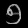
Digit: ၅